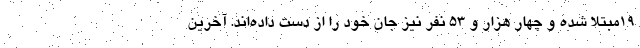
۱۹مبتلا شده و چهار هزار و ۵۳ نفر نیز جان خود را از دست داده‌اند. آخرین